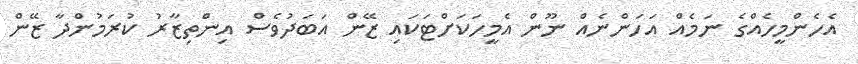
އެހެންމީހެއްގެ ނަމެއް އަހަންނެއް ނޫން އެމީހަކަށްޓަކައި ޒޭން އަބަދުވެސް އިންތިޒާރު ކުރަމުންދާ ޒޭން